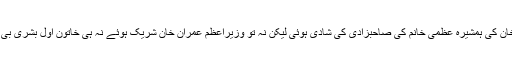
تفصیلات کے مطابق وزیراعظم عمران خان کی ہمشیرہ عظمیٰ خانم کی صاحبزادی کی شادی ہوئی لیکن نہ تو وزیراعظم عمران خان شریک ہوئے نہ ہی خاتون اول بشریٰ بی بی نے شادی کی تقریب میں شرکت کی۔